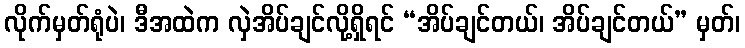
လိုက်မှတ်ရုံပဲ၊ ဒီအထဲက လှဲအိပ်ချင်လို့ရှိရင် “အိပ်ချင်တယ်၊ အိပ်ချင်တယ်” မှတ်၊